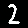
Digit: 2